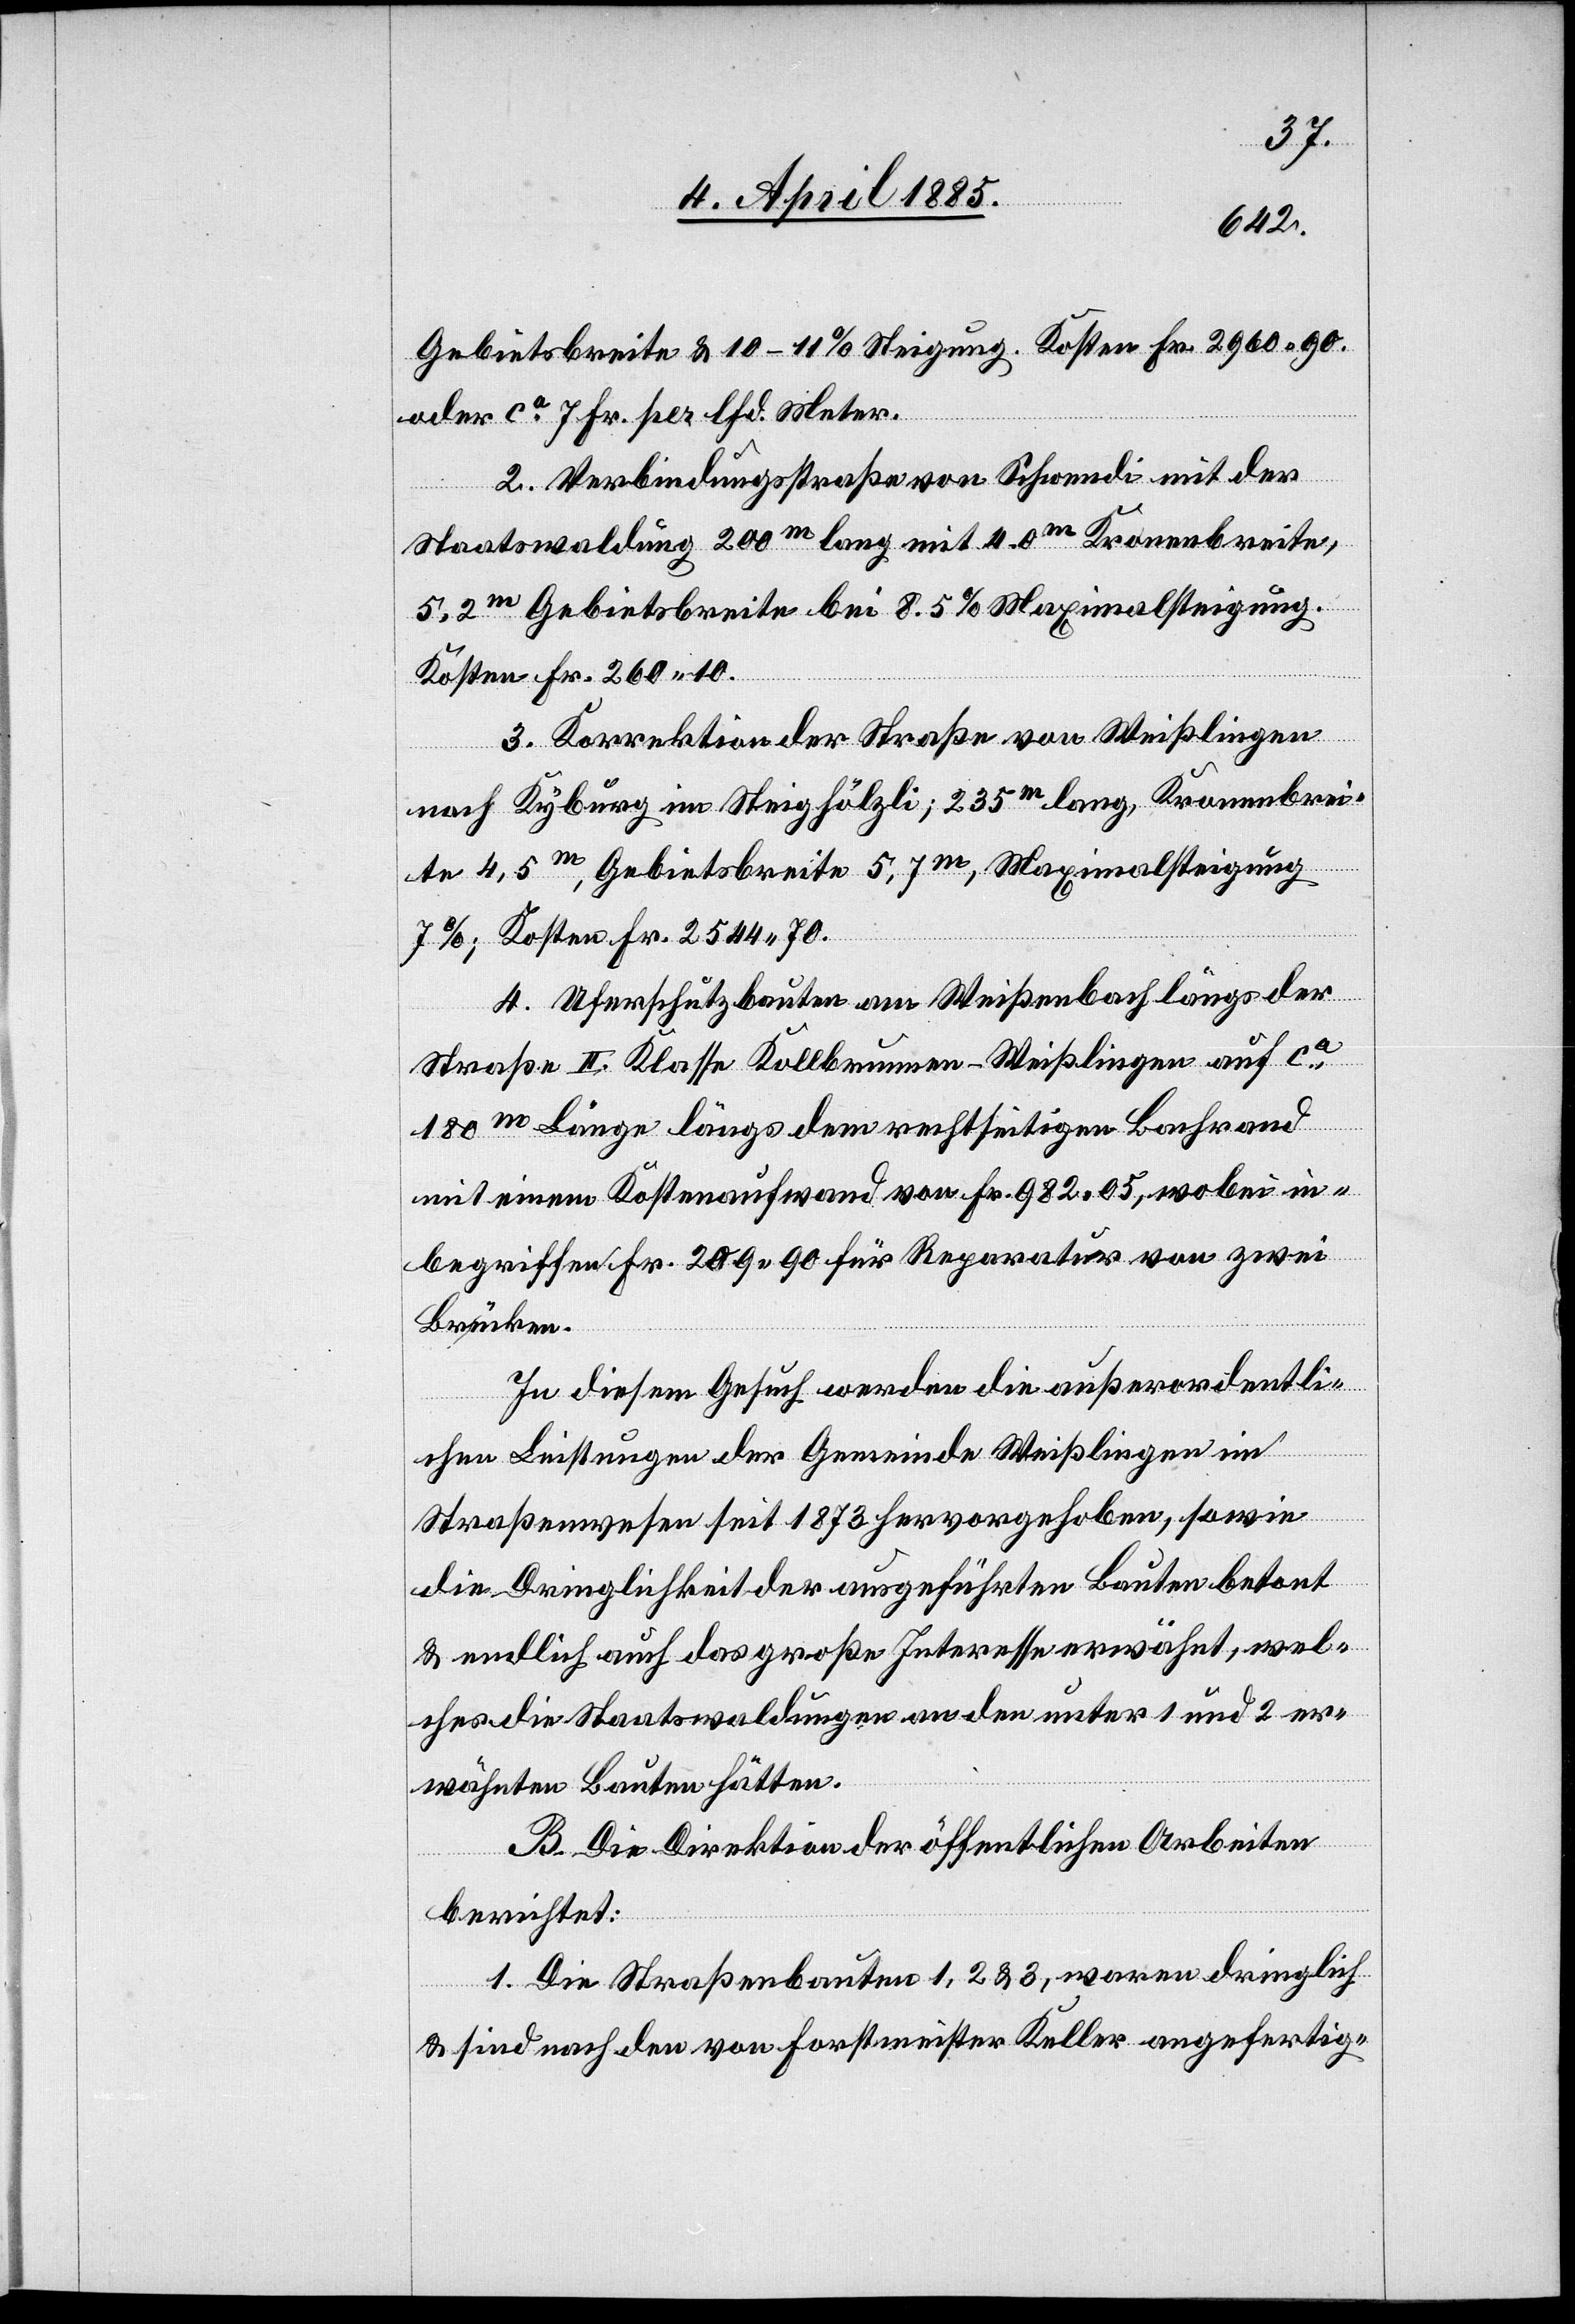
Gebietsbreite & 10–11% Steigung. Kosten Fr. 2960 90
oder ca 7 Fr. per lfd. Meter.
2. Verbindungsstraße von Schwendi mit der
Staatswaldung 200 m lang mit 4.0 m Kronenbreite,
5.2 m Gebietsbreite bei 8.5% Maximalsteigung.
Kosten Fr. 260 40.
3. Korrektion der Straße von Weißlingen
nach Kyburg im Steighölzli; 235 m lang, Kronenbrei¬
te 4,5 m, Gebietsbreite 5,7 m, Maximalsteigung
7%, Kosten Fr. 2544 70.
4. Uferschutzbauten am Weißenbach längs der
Straße II. Klasse Kollbrunnen–Weißlingen auf ca
180 m Länge längs dem rechtseitigen Bachrand¬
mit einem Kostenaufwand von Fr. 982 05, wobei in¬
begriffen Fr. 209 90 für Reparatur von zwei
Brücken.
In diesem Gesuch werden die außerordentli¬
chen Leistungen der Gemeinde Weißlingen im
Straßenwesen seit 1873 hervorgehoben, sowie
die Dringlichkeit der ausgeführten Bauten betont
& endlich auch das große Interesse erwähnt, wel¬
ches die Staatswaldungen an den unter 1 und 2 er¬
wähnten Bauten hätten.
B. Die Direktion der öffentlichen Arbeiten
berichtet:
1. Die Straßenbauten 1, 2 & 3, waren dringlich
& sind nach den von Forstmeister Keller angefertig-